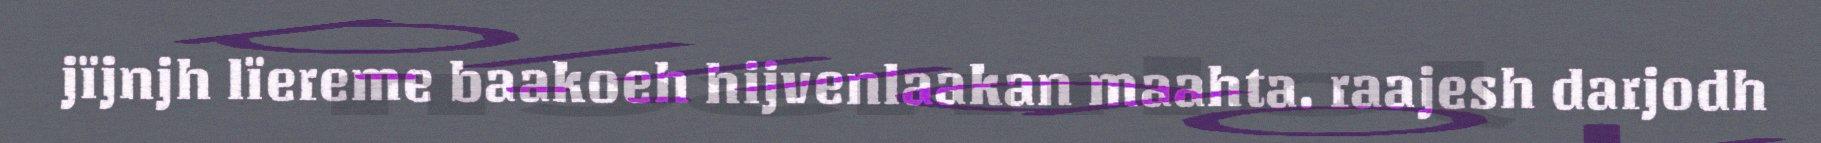
jïjnjh lïereme baakoeh hijvenlaakan maahta. raajesh darjodh